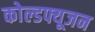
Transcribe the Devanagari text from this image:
कोल्डफ्यूजन